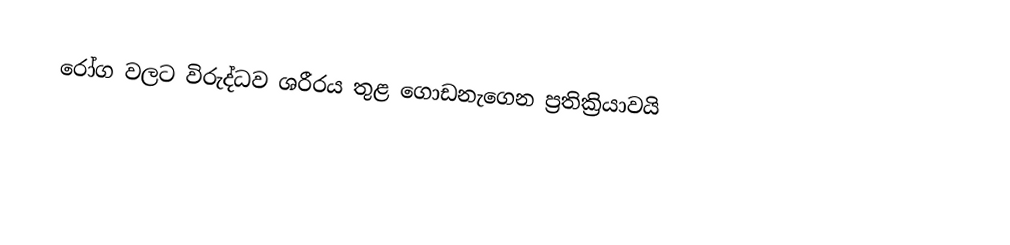
රෝග වලට විරුද්ධව ශරීරය තුළ ගොඩනැගෙන ප්‍රතික්‍රියාවයි